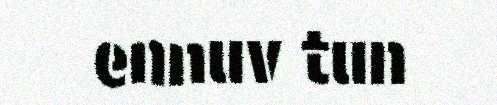
ennuv tun